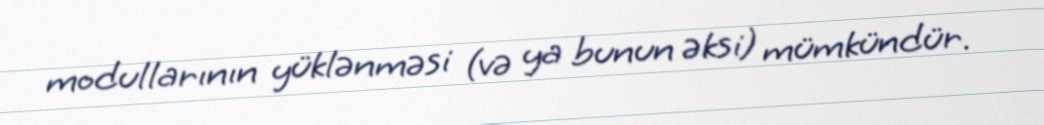
modullarının yüklənməsi (və ya bunun əksi) mümkündür.